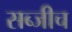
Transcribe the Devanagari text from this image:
सब्जीच